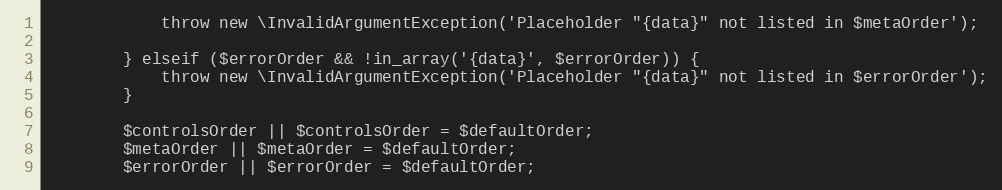
Language: PHP
            throw new \InvalidArgumentException('Placeholder "{data}" not listed in $metaOrder');

        } elseif ($errorOrder && !in_array('{data}', $errorOrder)) {
            throw new \InvalidArgumentException('Placeholder "{data}" not listed in $errorOrder');
        }

        $controlsOrder || $controlsOrder = $defaultOrder;
        $metaOrder || $metaOrder = $defaultOrder;
        $errorOrder || $errorOrder = $defaultOrder;